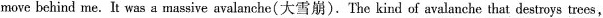
move behind me.It was a massive avalanche(大雪崩).The kind of avalanche that destroys trees,